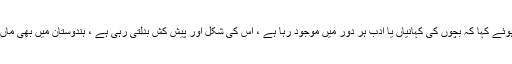
انہوں نے بچوں کی کہانیوں کی چھ ہزار سالہ تاریخ کا احاطہ کرتے ہوئے کہا کہ بچوں کی کہانیاں یا ادب ہر دور میں موجود رہا ہے ، اس کی شکل اور پیش کش بدلتی رہی ہے ، ہندوستان میں بھی ماں کی گود سے ہی بچوں کو کہانیاں سنائے جانے کی روایت رہی ہے ۔